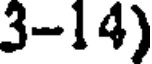
3-14)